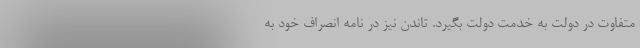
متفاوت در دولت به خدمت دولت بگیرد. تاندن نیز در نامه انصراف خود به